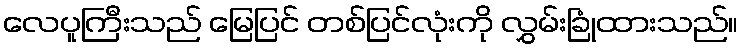
လေပူကြီးသည် မြေပြင် တစ်ပြင်လုံးကို လွှမ်းခြုံထားသည်။